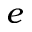
e